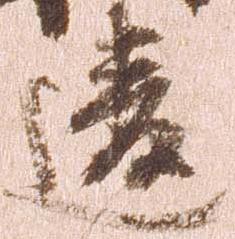
違